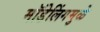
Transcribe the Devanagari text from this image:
मॉडेलिंगमुळे